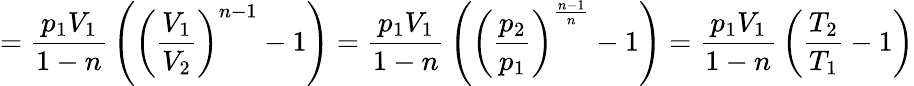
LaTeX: ={\frac{p_{1}V_{1}}{1-n}}\left(\left({\frac{V_{1}}{V_{2}}}\right)^{n-1}-1\right)={\frac{p_{1}V_{1}}{1-n}}\left(\left({\frac{p_{2}}{p_{1}}}\right)^{\frac{n-1}{n}}-1\right)={\frac{p_{1}V_{1}}{1-n}}\left({\frac{T_{2}}{T_{1}}}-1\right)